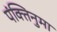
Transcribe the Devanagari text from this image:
पंक्तिनुमा